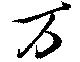
万